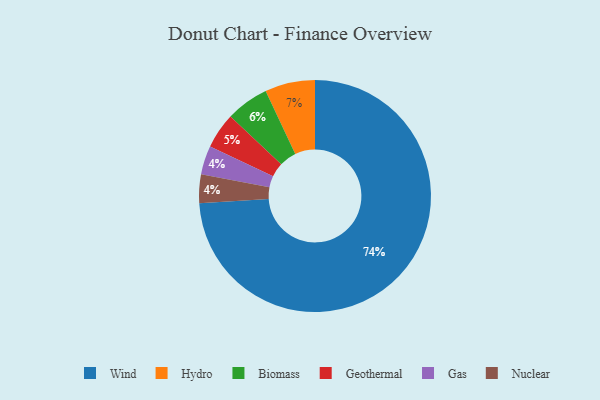
{"axis": {"x": "Category", "y": "Percentage"}, "legend": ["Biomass", "Gas", "Geothermal", "Hydro", "Nuclear", "Wind"], "data": [{"x": "Gas", "y": 4, "type": "Gas"}, {"x": "Wind", "y": 74, "type": "Wind"}, {"x": "Geothermal", "y": 5, "type": "Geothermal"}, {"x": "Hydro", "y": 7, "type": "Hydro"}, {"x": "Biomass", "y": 6, "type": "Biomass"}, {"x": "Nuclear", "y": 4, "type": "Nuclear"}]}